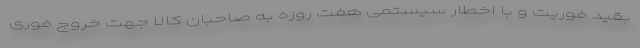
بقید فوریت و با اخطار سیستمی هفت روزه به صاحبان کالا جهت خروج فوری